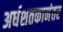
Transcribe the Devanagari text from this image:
अर्धशतकानंतर